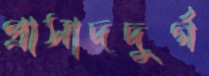
প্রাসাদদুর্গ